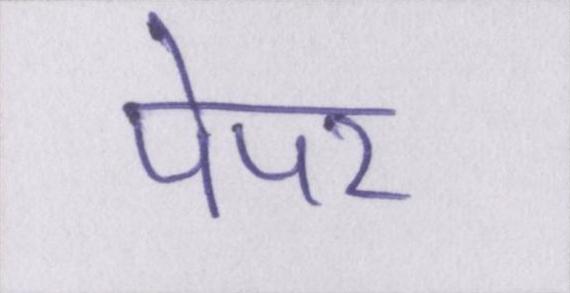
पेपर